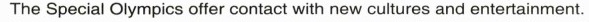
The Special Olympics offer contact with new cultures and entertainment.